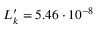
L _ { k } ^ { \prime } = 5 . 4 6 \cdot 1 0 ^ { - 8 }